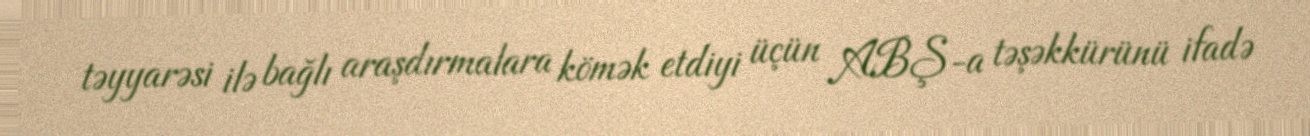
təyyarəsi ilə bağlı araşdırmalara kömək etdiyi üçün ABŞ-a təşəkkürünü ifadə